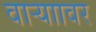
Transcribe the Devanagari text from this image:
वाऱ्याावर